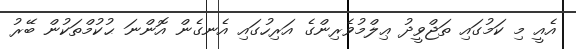
އެއީ މި ކަމުގައި ތަޖްވީދު ޢިލްމުވެރިންގެ އަރިހުގައި އެނގެން އޮންނަ ޙުކުމްތަކުން ބޭރު